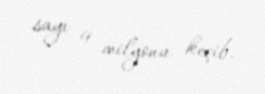
sayı 9 milyonu keçib.